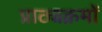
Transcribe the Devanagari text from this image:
प्राठ्यक्रमों